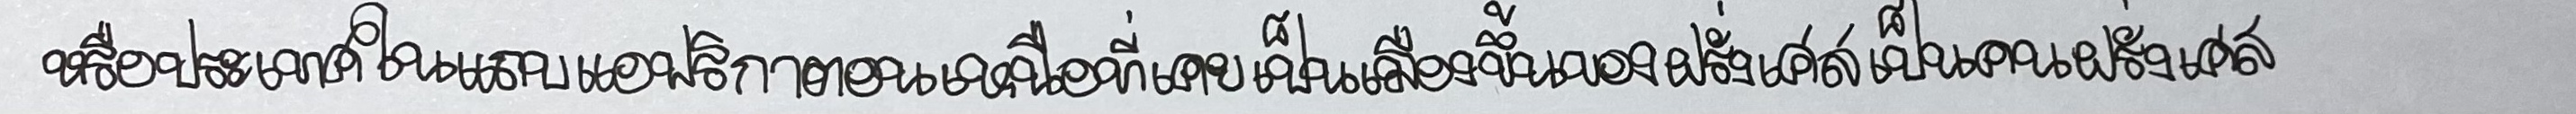
หรือประเทศในแถบแอฟริกาตอนเหนือที่เคยเป็นเมืองขึ้นของฝรั่งเศสเป็นคนฝรั่งเศส